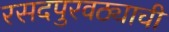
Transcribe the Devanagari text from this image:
रसदपुरवठ्याची